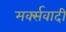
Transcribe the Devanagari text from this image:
मर्क्सवादी